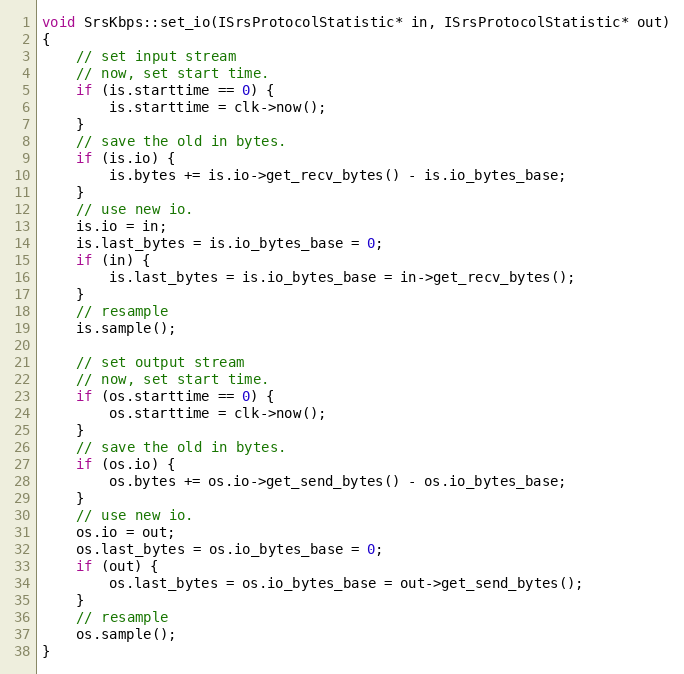
Language: C++
void SrsKbps::set_io(ISrsProtocolStatistic* in, ISrsProtocolStatistic* out)
{
    // set input stream
    // now, set start time.
    if (is.starttime == 0) {
        is.starttime = clk->now();
    }
    // save the old in bytes.
    if (is.io) {
        is.bytes += is.io->get_recv_bytes() - is.io_bytes_base;
    }
    // use new io.
    is.io = in;
    is.last_bytes = is.io_bytes_base = 0;
    if (in) {
        is.last_bytes = is.io_bytes_base = in->get_recv_bytes();
    }
    // resample
    is.sample();

    // set output stream
    // now, set start time.
    if (os.starttime == 0) {
        os.starttime = clk->now();
    }
    // save the old in bytes.
    if (os.io) {
        os.bytes += os.io->get_send_bytes() - os.io_bytes_base;
    }
    // use new io.
    os.io = out;
    os.last_bytes = os.io_bytes_base = 0;
    if (out) {
        os.last_bytes = os.io_bytes_base = out->get_send_bytes();
    }
    // resample
    os.sample();
}